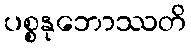
ပစ္စနုဘောဿတိ